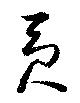
貢